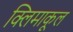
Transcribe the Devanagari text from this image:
क्लिमाकूल